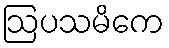
ဩပသမိကေ